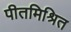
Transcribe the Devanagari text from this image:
पीतमिश्रित